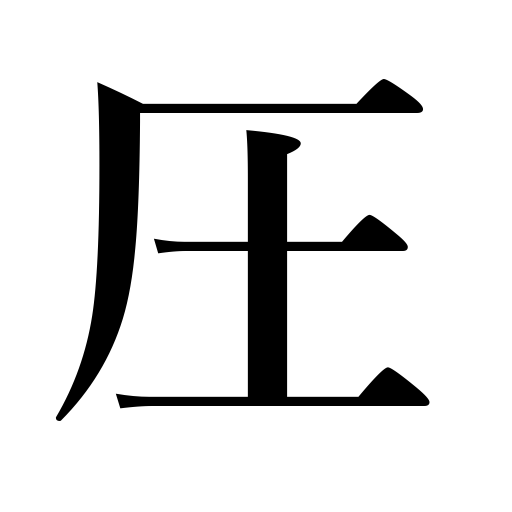
Meanings: overwhelm,dominate,press,oppress